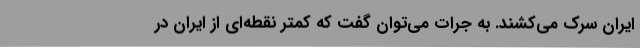
ایران سرک می‌کشند. به جرات می‌توان گفت که کمتر نقطه‌ای از ایران در